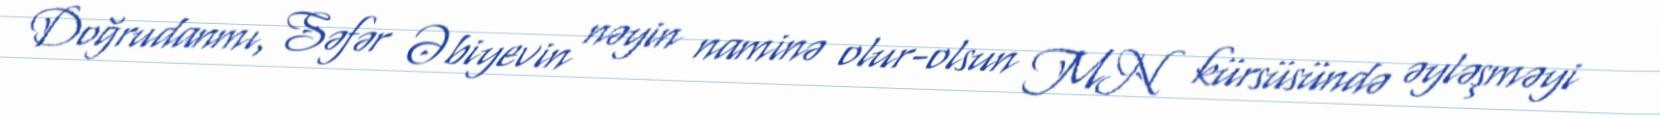
Doğrudanmı, Səfər Əbiyevin nəyin naminə olur-olsun MN kürsüsündə əyləşməyi